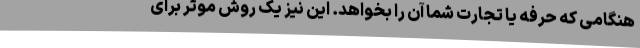
هنگامی که حرفه یا تجارت شما آن را بخواهد. این نیز یک روش موثر برای